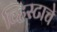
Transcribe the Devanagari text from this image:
व्हिस्टाचे